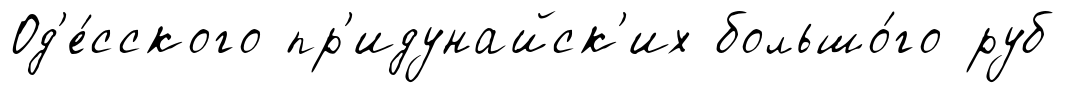
Од'е́сского пр'идунайск'их большо́го руб